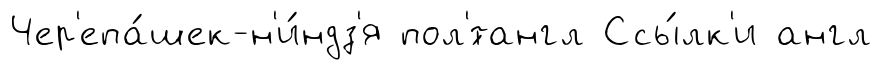
Чер'епа́шек-н'и́ндз'я пол'́тангл Ссы́лк'и англ